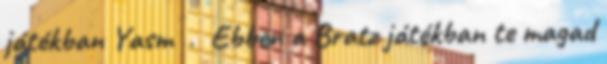
játékban Yasm . Ebben a Bratz játékban te magad